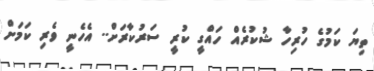
ތިޔަ ކަމުގެ ހުރިހާ ޝުކުރެއް ހައްގީ ކުރީ ސަރުކާރަށް.. އެހެނީ ވެރި ކަަމަށް